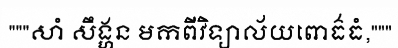
"""សាំ សឹង្ហន មកពីវិទ្យាល័យពោធ៌ធំ,"""